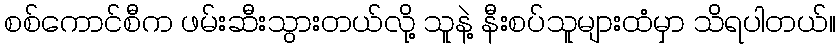
စစ်ကောင်စီက ဖမ်းဆီးသွားတယ်လို့ သူနဲ့ နီးစပ်သူများထံမှာ သိရပါတယ်။